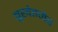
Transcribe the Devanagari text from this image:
बूखेइमेर